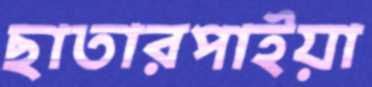
ছাতারপাইয়া